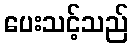
ပေးသင့်သည်